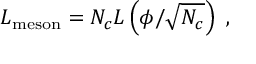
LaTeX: { \cal L } _ { \mathrm { m e s o n } } = N _ { c } { \cal L } \left( \phi / \sqrt { N _ { c } } \right) \ ,